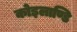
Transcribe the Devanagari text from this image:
कोइलाण्डि